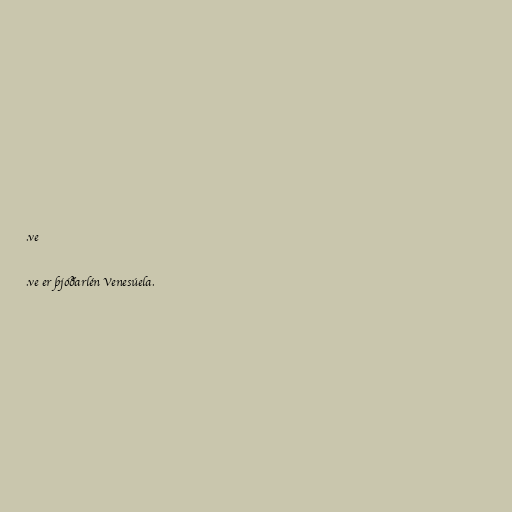
.ve

.ve er þjóðarlén Venesúela.